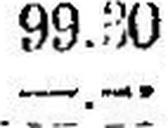
—.—